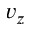
v _ { z }